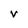
Character: v